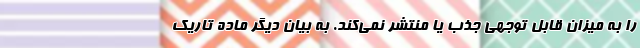
را به میزان قابل توجهی جذب یا منتشر نمی‌کند. به بیان دیگر ماده تاریک